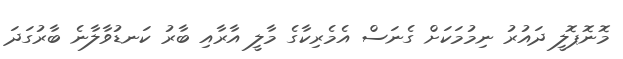
މޮނޮޕޮލީ ދައުރު ނިމުމަކަށް ގެނަސް އެމެރިކާގެ މާލީ އާރާއި ބާރު ކަނޑުވާލާނެ ބާރުގަދަ